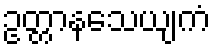
ဥတ္တာနသေယျကံ